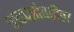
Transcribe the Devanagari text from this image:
ताडपत्रांवरील